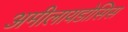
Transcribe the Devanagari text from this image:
अमीलायडोसिस